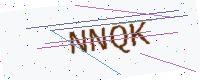
Text: NNQK